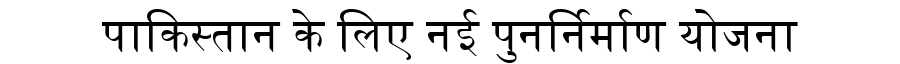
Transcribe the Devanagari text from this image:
पाकिस्तान के लिए नई पुनर्निर्माण योजना